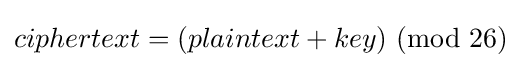
ciphertext=(plaintext+key)\!\!\!\!{\pmod {26}}